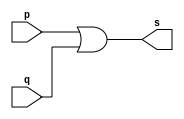
// -------------------------
// Exercicio10 - OR
// Nome: Adamo Ludwig
// -------------------------
// -------------------------
// -- or gate
// -------------------------
module orgate ( output s,
                         input  p, q);
assign s = p | q;
endmodule // orgate

module orgate1 (output s, input p, input q, input r);
wire temp1, st; // variaveis temporarias
orgate OR1 (temp1, p, q);
assign st = temp1 | r;
assign s = st;
endmodule//orgate1
// ---------------------
// -- test or gate
// ---------------------
module testorgate;
// ------------------------- dados locais
   reg   a, b, c; // definir registradores
wire  s;    // definir conexao (fio)
// ------------------------- instancia
   orgate1 OR1 (s, a, b, c);
// ------------------------- preparacao
   initial begin:start
                   // atribuicao simultanea
// dos valores iniciais
      a=0; b=0; c=0;
   end
// ------------------------- parte principal
   initial begin
         $display("Exercicio10 - Adamo Ludwig - 473319");
         $display("Test OR gate");
		$display("\na | b = s\n");
		$monitor("%b | %b | %b = %b", a, b, c, s);
    #1	   a=0; b=0; c=0;
    #1     a=0; b=0; c=1;
    #1     a=0; b=1; c=0;
    #1     a=0; b=1; c=1;
	#1	   a=1; b=0; c=0;
	#1	   a=1; b=0; c=1;
	#1	   a=1; b=1; c=0;
	#1	   a=1; b=1; c=1;
  end
endmodule // testorgate